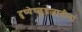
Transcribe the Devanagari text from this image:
दुष्येच्छूद्रजातीनां